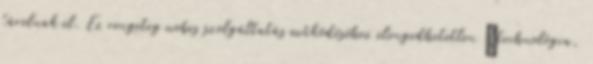
tárolnak el. Ez rengeteg webes szolgáltatás működéséhez elengedhetetlen technológia,